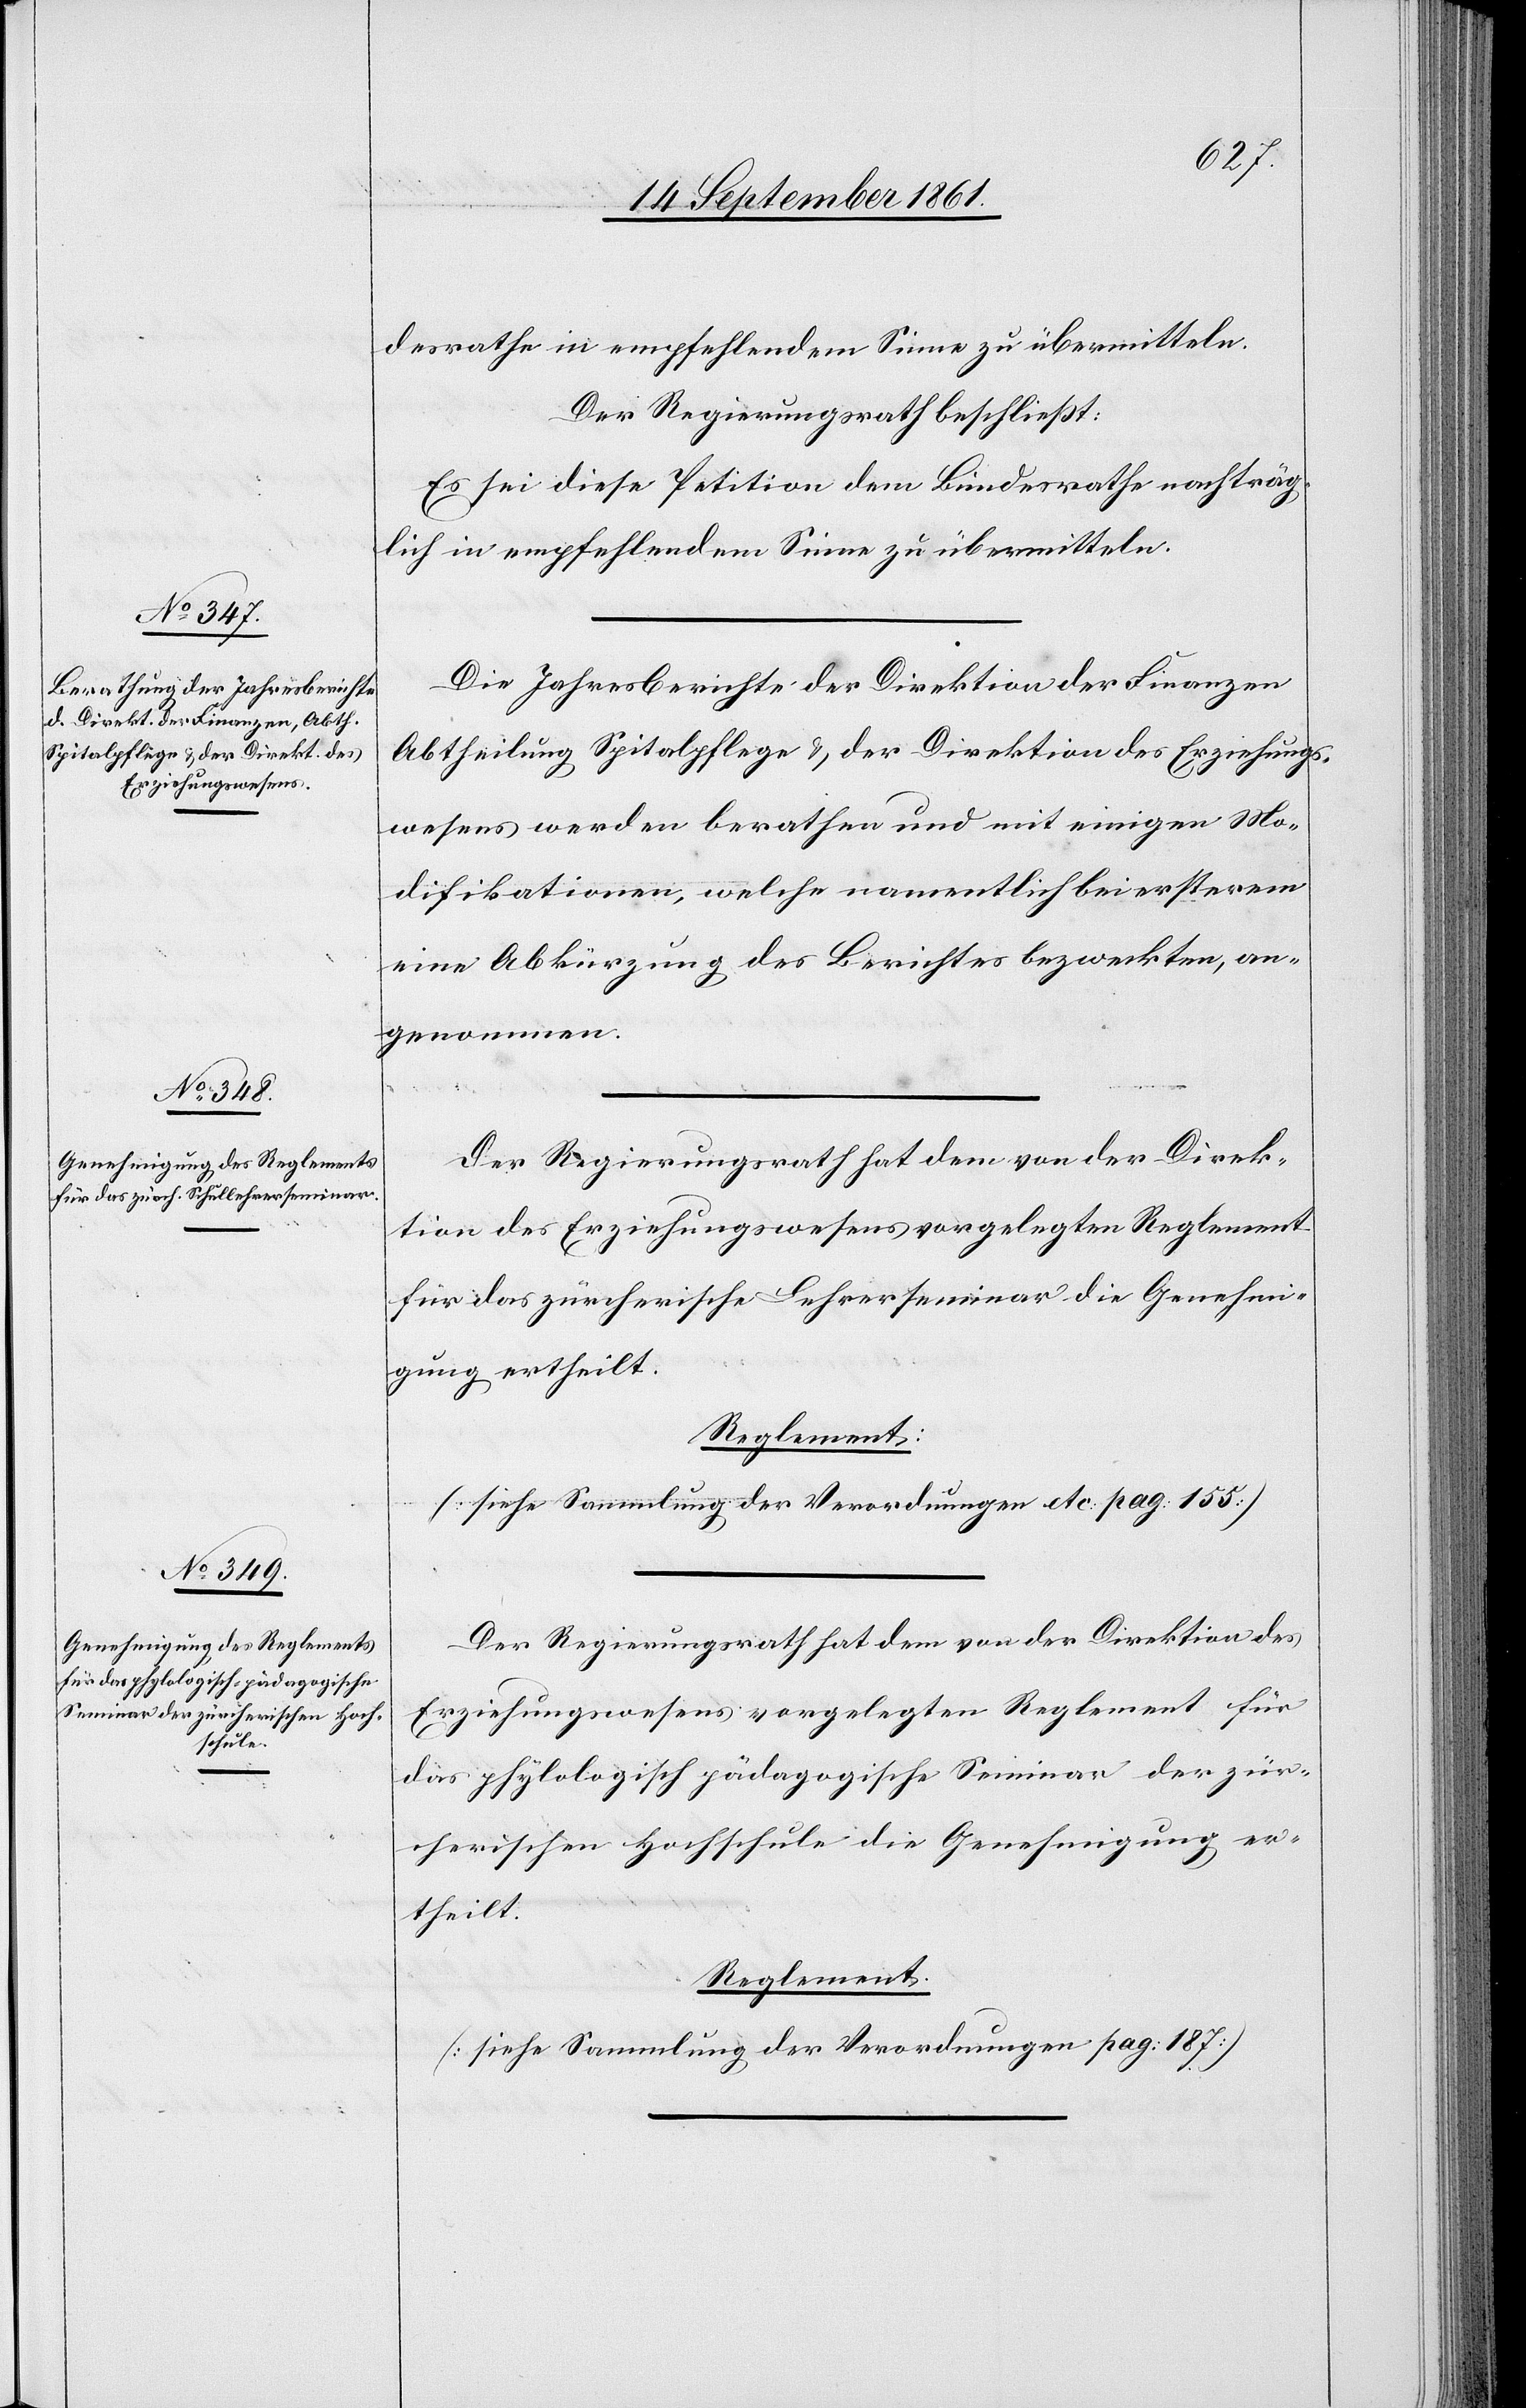
desrathe in empfehlendem Sinne zu übermitteln.
Der Regierungsrath beschließt:
Es sei diese Petition dem Bundesrathe nachträg¬
lich in empfehlendem Sinne zu übermitteln.
Die Jahresberichte der Direktion der Finanzen
Abtheilung Spitalpflege u. der Direktion des Erziehungs¬
wesens werden berathen und mit einigen Mo¬
difikationen, welche namentlich bei ersterem
eine Abkürzung des Berichtes bezweckten, an¬
genommen.
Der Regierungsrath hat dem von der Direk¬
tion des Erziehungswesens vorgelegten Reglement
für das zürcherische Lehrerseminar die Genehmi¬
gung ertheilt.
Reglement:
[siehe Sammlung der Verordnungen etc. pag. 155]
Der Regierungsrath hat dem von der Direktion des
Erziehungswesens vorgelegten Reglement für
das phylologisch pädagogische Seminar der zür¬
cherischen Hochschule die Genehmigung er¬
theilt.
Reglement.
[siehe Sammlung der Verordnungen pag. 187]